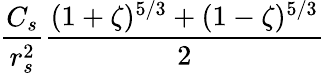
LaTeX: \frac{C_{s}}{r_{s}^{2}}\frac{(1+\zeta)^{5/3}+(1-\zeta)^{5/3}}{2}